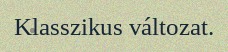
Klasszikus változat.